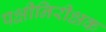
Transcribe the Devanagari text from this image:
पक्षीनिरीक्षक